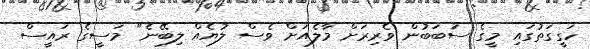
ހަގީގަތުގައި މީގެ ސަބަބުން ވެރިރަށް މާލެއަށް ވެސް ލުޔެއް ލިބޭނެ" މަސީގެ ރައީސް